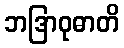
ဘဒြာဝုဓာတိ